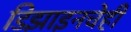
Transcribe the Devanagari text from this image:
डिझाइनचेही